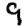
Digit: 9